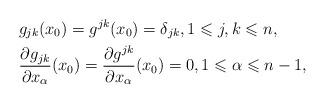
LaTeX: \begin{align*} & g_{jk}(x_0) = g^{jk}(x_0) = \delta_{jk},1 \leqslant j,k \leqslant n, \\ & \frac{\partial g_{jk}}{\partial x_\alpha}(x_0) = \frac{\partial g^{jk}}{\partial x_\alpha}(x_0) = 0, 1 \leqslant \alpha \leqslant n-1,\end{align*}